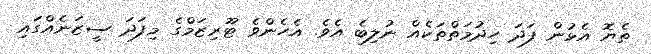
ތެޔޮ އެޅުން ފަދަ ހިދުމަތްތަކެއް ނުލިބެ އެވެ. އެހެންވެ ޓޫރިޒަމްގެ މިފަދަ ސީޒަނެއްގައި